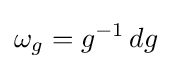
\omega _{g}=g^{-1}\,dg